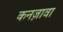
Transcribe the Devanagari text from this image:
कनज़ावा